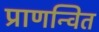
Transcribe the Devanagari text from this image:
प्राणन्वित